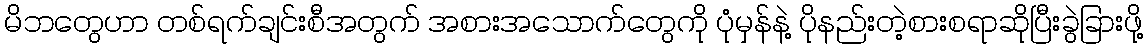
မိဘတွေဟာ တစ်ရက်ချင်းစီအတွက် အစားအသောက်တွေကို ပုံမှန်နဲ့ ပိုနည်းတဲ့စားစရာဆိုပြီးခွဲခြားဖို့